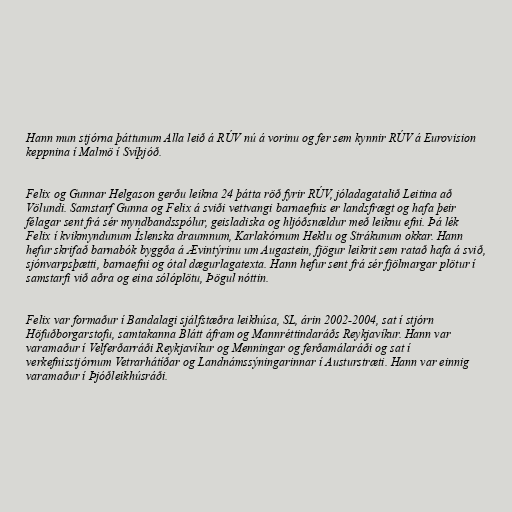
Hann mun stjórna þáttunum Alla leið á RÚV nú á vorinu og fer sem kynnir RÚV á Eurovision
keppnina í Malmö í Svíþjóð.

Felix og Gunnar Helgason gerðu leikna 24 þátta röð fyrir RÚV, jóladagatalið Leitina að
Völundi. Samstarf Gunna og Felix á sviði vettvangi barnaefnis er landsfrægt og hafa þeir
félagar sent frá sér myndbandsspólur, geisladiska og hljóðsnældur með leiknu efni. Þá lék
Felix í kvikmyndunum Íslenska draumnum, Karlakórnum Heklu og Strákunum okkar. Hann
hefur skrifað barnabók byggða á Ævintýrinu um Augastein, fjögur leikrit sem ratað hafa á svið,
sjónvarpsþætti, barnaefni og ótal dægurlagatexta. Hann hefur sent frá sér fjölmargar plötur í
samstarfi við aðra og eina sólóplötu, Þögul nóttin.

Felix var formaður í Bandalagi sjálfstæðra leikhúsa, SL, árin 2002-2004, sat í stjórn
Höfuðborgarstofu, samtakanna Blátt áfram og Mannréttindaráðs Reykjavíkur. Hann var
varamaður í Velferðarráði Reykjavíkur og Menningar og ferðamálaráði og sat í
verkefnisstjórnum Vetrarhátíðar og Landnámssýningarinnar í Austurstræti. Hann var einnig
varamaður í Þjóðleikhúsráði.